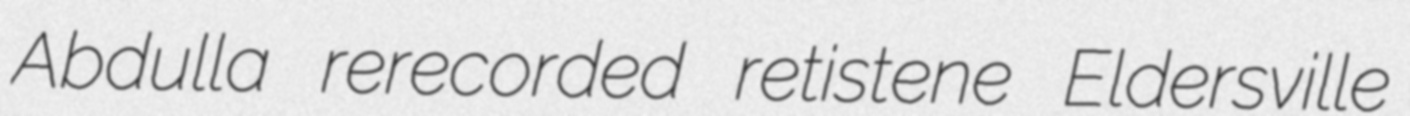
Abdulla rerecorded retistene Eldersville